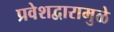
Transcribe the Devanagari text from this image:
प्रवेशद्वारामुळे